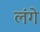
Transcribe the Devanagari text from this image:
लंगे